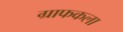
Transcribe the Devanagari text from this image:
ग्राफकला